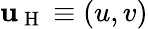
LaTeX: \mathbf{u}_{\mathrm{~H~}}\equiv(u,v)